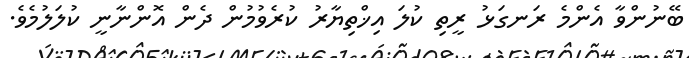
ބޭނުންވާ އެންމެ ރަނގަޅު ރީތި ކުލަ އިޚްތިޔާރު ކުރެވުމުން ދެން އޮންނާނީ ކުލަލުމެވެ.